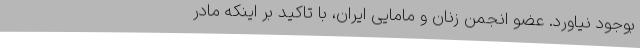
بوجود نیاورد. عضو انجمن زنان و مامایی ایران، با تاکید بر اینکه مادر